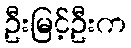
ဦးမြင့်ဦးက